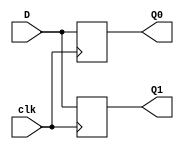
`timescale 1ns / 1ps
//////////////////////////////////////////////////////////////////////////////////

// ID          : N180116
//Branch       : ECE
//Project Name : RTL design using Verilog
//Design  Name : Blocking and Non Blocking Design
//Module  Name : blocking
//RGUKT NUZVID 
//////////////////////////////////////////////////////////////////////////////////


module blocking(clk,D,Q0,Q1);
input clk,D;
output reg Q0,Q1;

always@(posedge clk)
begin
	Q0	=	D;
	Q1	=	Q0;
end
 
endmodule